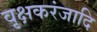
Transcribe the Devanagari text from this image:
वृक्षकरंजादि